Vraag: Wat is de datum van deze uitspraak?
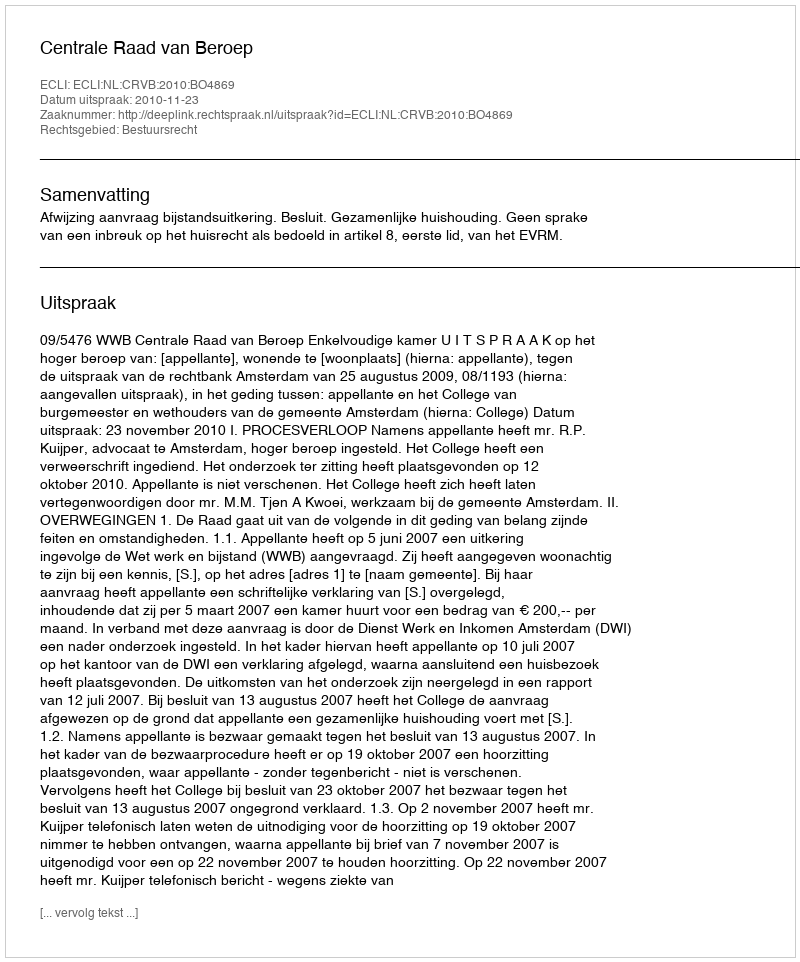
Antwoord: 2010-11-23